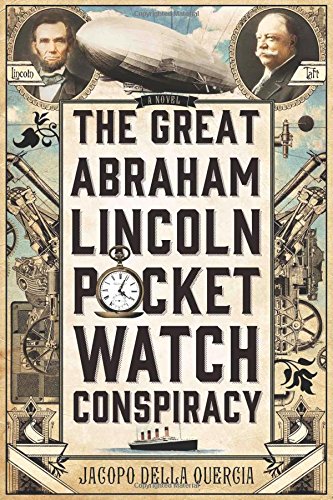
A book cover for The Great Abraham Lincoln Pocket Watch Conspiracy: A Novel; Jacopo della Quercia; Science Fiction & Fantasy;